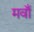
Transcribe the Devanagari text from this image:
मवाँ